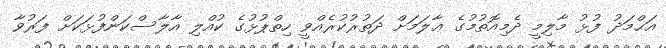
އަޙްމަދު ފުޅު މާލިމީ ދެމިއޮތުމުގެ ޢާލަމަށް ދަތުރުކުރެއްވީ ހިތްޕުޅުގެ ކުއްލި އާލާސްކަންފުޅަކަށް ފަރުވާ